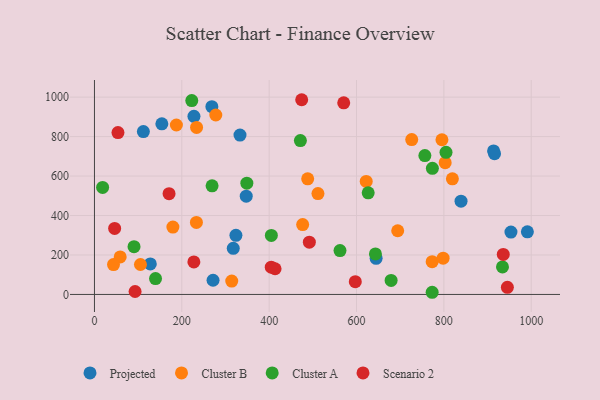
{"axis": {"x": "Experience", "y": "Rating"}, "legend": ["Cluster A", "Cluster B", "Projected", "Scenario 2"], "data": [{"x": "268.8", "y": 951.4, "type": "Projected"}, {"x": "913.8", "y": 727.2, "type": "Projected"}, {"x": "323.9", "y": 299.6, "type": "Projected"}, {"x": "991.2", "y": 317.4, "type": "Projected"}, {"x": "347.5", "y": 498.1, "type": "Projected"}, {"x": "916.0", "y": 713.6, "type": "Projected"}, {"x": "953.6", "y": 316.1, "type": "Projected"}, {"x": "333.2", "y": 807.6, "type": "Projected"}, {"x": "127.9", "y": 154.8, "type": "Projected"}, {"x": "317.8", "y": 233.9, "type": "Projected"}, {"x": "227.8", "y": 902.5, "type": "Projected"}, {"x": "154.3", "y": 864.5, "type": "Projected"}, {"x": "839.3", "y": 472.6, "type": "Projected"}, {"x": "644.9", "y": 183.2, "type": "Projected"}, {"x": "112.0", "y": 825.6, "type": "Projected"}, {"x": "271.5", "y": 71.9, "type": "Projected"}, {"x": "773.2", "y": 165.9, "type": "Cluster B"}, {"x": "819.5", "y": 586.0, "type": "Cluster B"}, {"x": "795.6", "y": 784.0, "type": "Cluster B"}, {"x": "511.7", "y": 511.0, "type": "Cluster B"}, {"x": "314.3", "y": 67.9, "type": "Cluster B"}, {"x": "233.8", "y": 846.4, "type": "Cluster B"}, {"x": "622.2", "y": 572.8, "type": "Cluster B"}, {"x": "798.3", "y": 183.7, "type": "Cluster B"}, {"x": "58.9", "y": 190.0, "type": "Cluster B"}, {"x": "476.7", "y": 353.9, "type": "Cluster B"}, {"x": "179.6", "y": 341.5, "type": "Cluster B"}, {"x": "105.3", "y": 151.8, "type": "Cluster B"}, {"x": "277.8", "y": 909.5, "type": "Cluster B"}, {"x": "488.2", "y": 586.0, "type": "Cluster B"}, {"x": "803.0", "y": 667.8, "type": "Cluster B"}, {"x": "43.6", "y": 151.6, "type": "Cluster B"}, {"x": "726.4", "y": 784.9, "type": "Cluster B"}, {"x": "187.6", "y": 858.6, "type": "Cluster B"}, {"x": "233.4", "y": 365.0, "type": "Cluster B"}, {"x": "694.3", "y": 322.8, "type": "Cluster B"}, {"x": "405.0", "y": 298.9, "type": "Cluster A"}, {"x": "804.9", "y": 720.4, "type": "Cluster A"}, {"x": "90.6", "y": 242.3, "type": "Cluster A"}, {"x": "471.5", "y": 779.9, "type": "Cluster A"}, {"x": "756.5", "y": 703.8, "type": "Cluster A"}, {"x": "773.7", "y": 638.9, "type": "Cluster A"}, {"x": "773.2", "y": 11.0, "type": "Cluster A"}, {"x": "139.8", "y": 80.4, "type": "Cluster A"}, {"x": "643.3", "y": 205.4, "type": "Cluster A"}, {"x": "18.7", "y": 542.6, "type": "Cluster A"}, {"x": "562.2", "y": 222.2, "type": "Cluster A"}, {"x": "269.3", "y": 550.7, "type": "Cluster A"}, {"x": "626.7", "y": 515.2, "type": "Cluster A"}, {"x": "222.8", "y": 982.3, "type": "Cluster A"}, {"x": "934.2", "y": 139.4, "type": "Cluster A"}, {"x": "348.9", "y": 563.8, "type": "Cluster A"}, {"x": "679.2", "y": 71.1, "type": "Cluster A"}, {"x": "227.6", "y": 165.0, "type": "Scenario 2"}, {"x": "492.0", "y": 265.1, "type": "Scenario 2"}, {"x": "945.4", "y": 36.1, "type": "Scenario 2"}, {"x": "597.2", "y": 64.8, "type": "Scenario 2"}, {"x": "404.8", "y": 138.3, "type": "Scenario 2"}, {"x": "474.5", "y": 986.8, "type": "Scenario 2"}, {"x": "570.7", "y": 971.2, "type": "Scenario 2"}, {"x": "93.0", "y": 14.9, "type": "Scenario 2"}, {"x": "936.0", "y": 203.0, "type": "Scenario 2"}, {"x": "170.8", "y": 510.6, "type": "Scenario 2"}, {"x": "413.5", "y": 130.2, "type": "Scenario 2"}, {"x": "53.8", "y": 820.5, "type": "Scenario 2"}, {"x": "46.2", "y": 334.4, "type": "Scenario 2"}]}